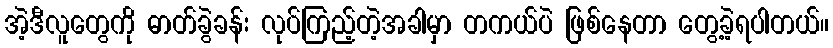
အဲ့ဒီလူတွေကို ဓာတ်ခွဲခန်း လုပ်ကြည့်တဲ့အခါမှာ တကယ်ပဲ ဖြစ်နေတာ တွေ့ခဲ့ရပါတယ်။